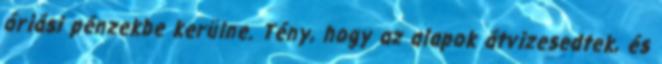
óriási pénzekbe kerülne. Tény, hogy az alapok átvizesedtek, és